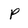
Character: P